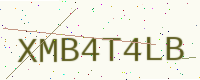
Text: XMB4T4LB